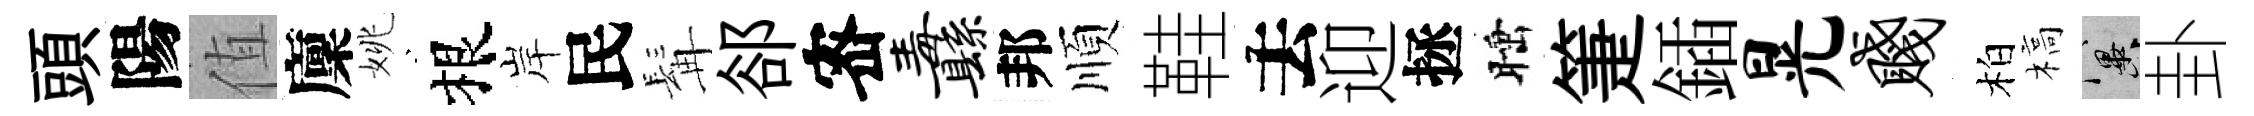
頭陽值廩姚根岸民髯郤宻纛邦順鞋去迎拯睡箑鍤晃贱柏槁冀卦